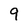
Character: 9